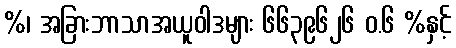
%၊ အခြားဘာသာအယူဝါဒများ ၆၆၃၉၆၂၆ ဝ.၆ %နှင့်